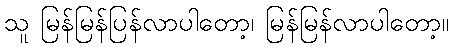
သူ မြန်မြန်ပြန်လာပါတော့၊ မြန်မြန်လာပါတော့။